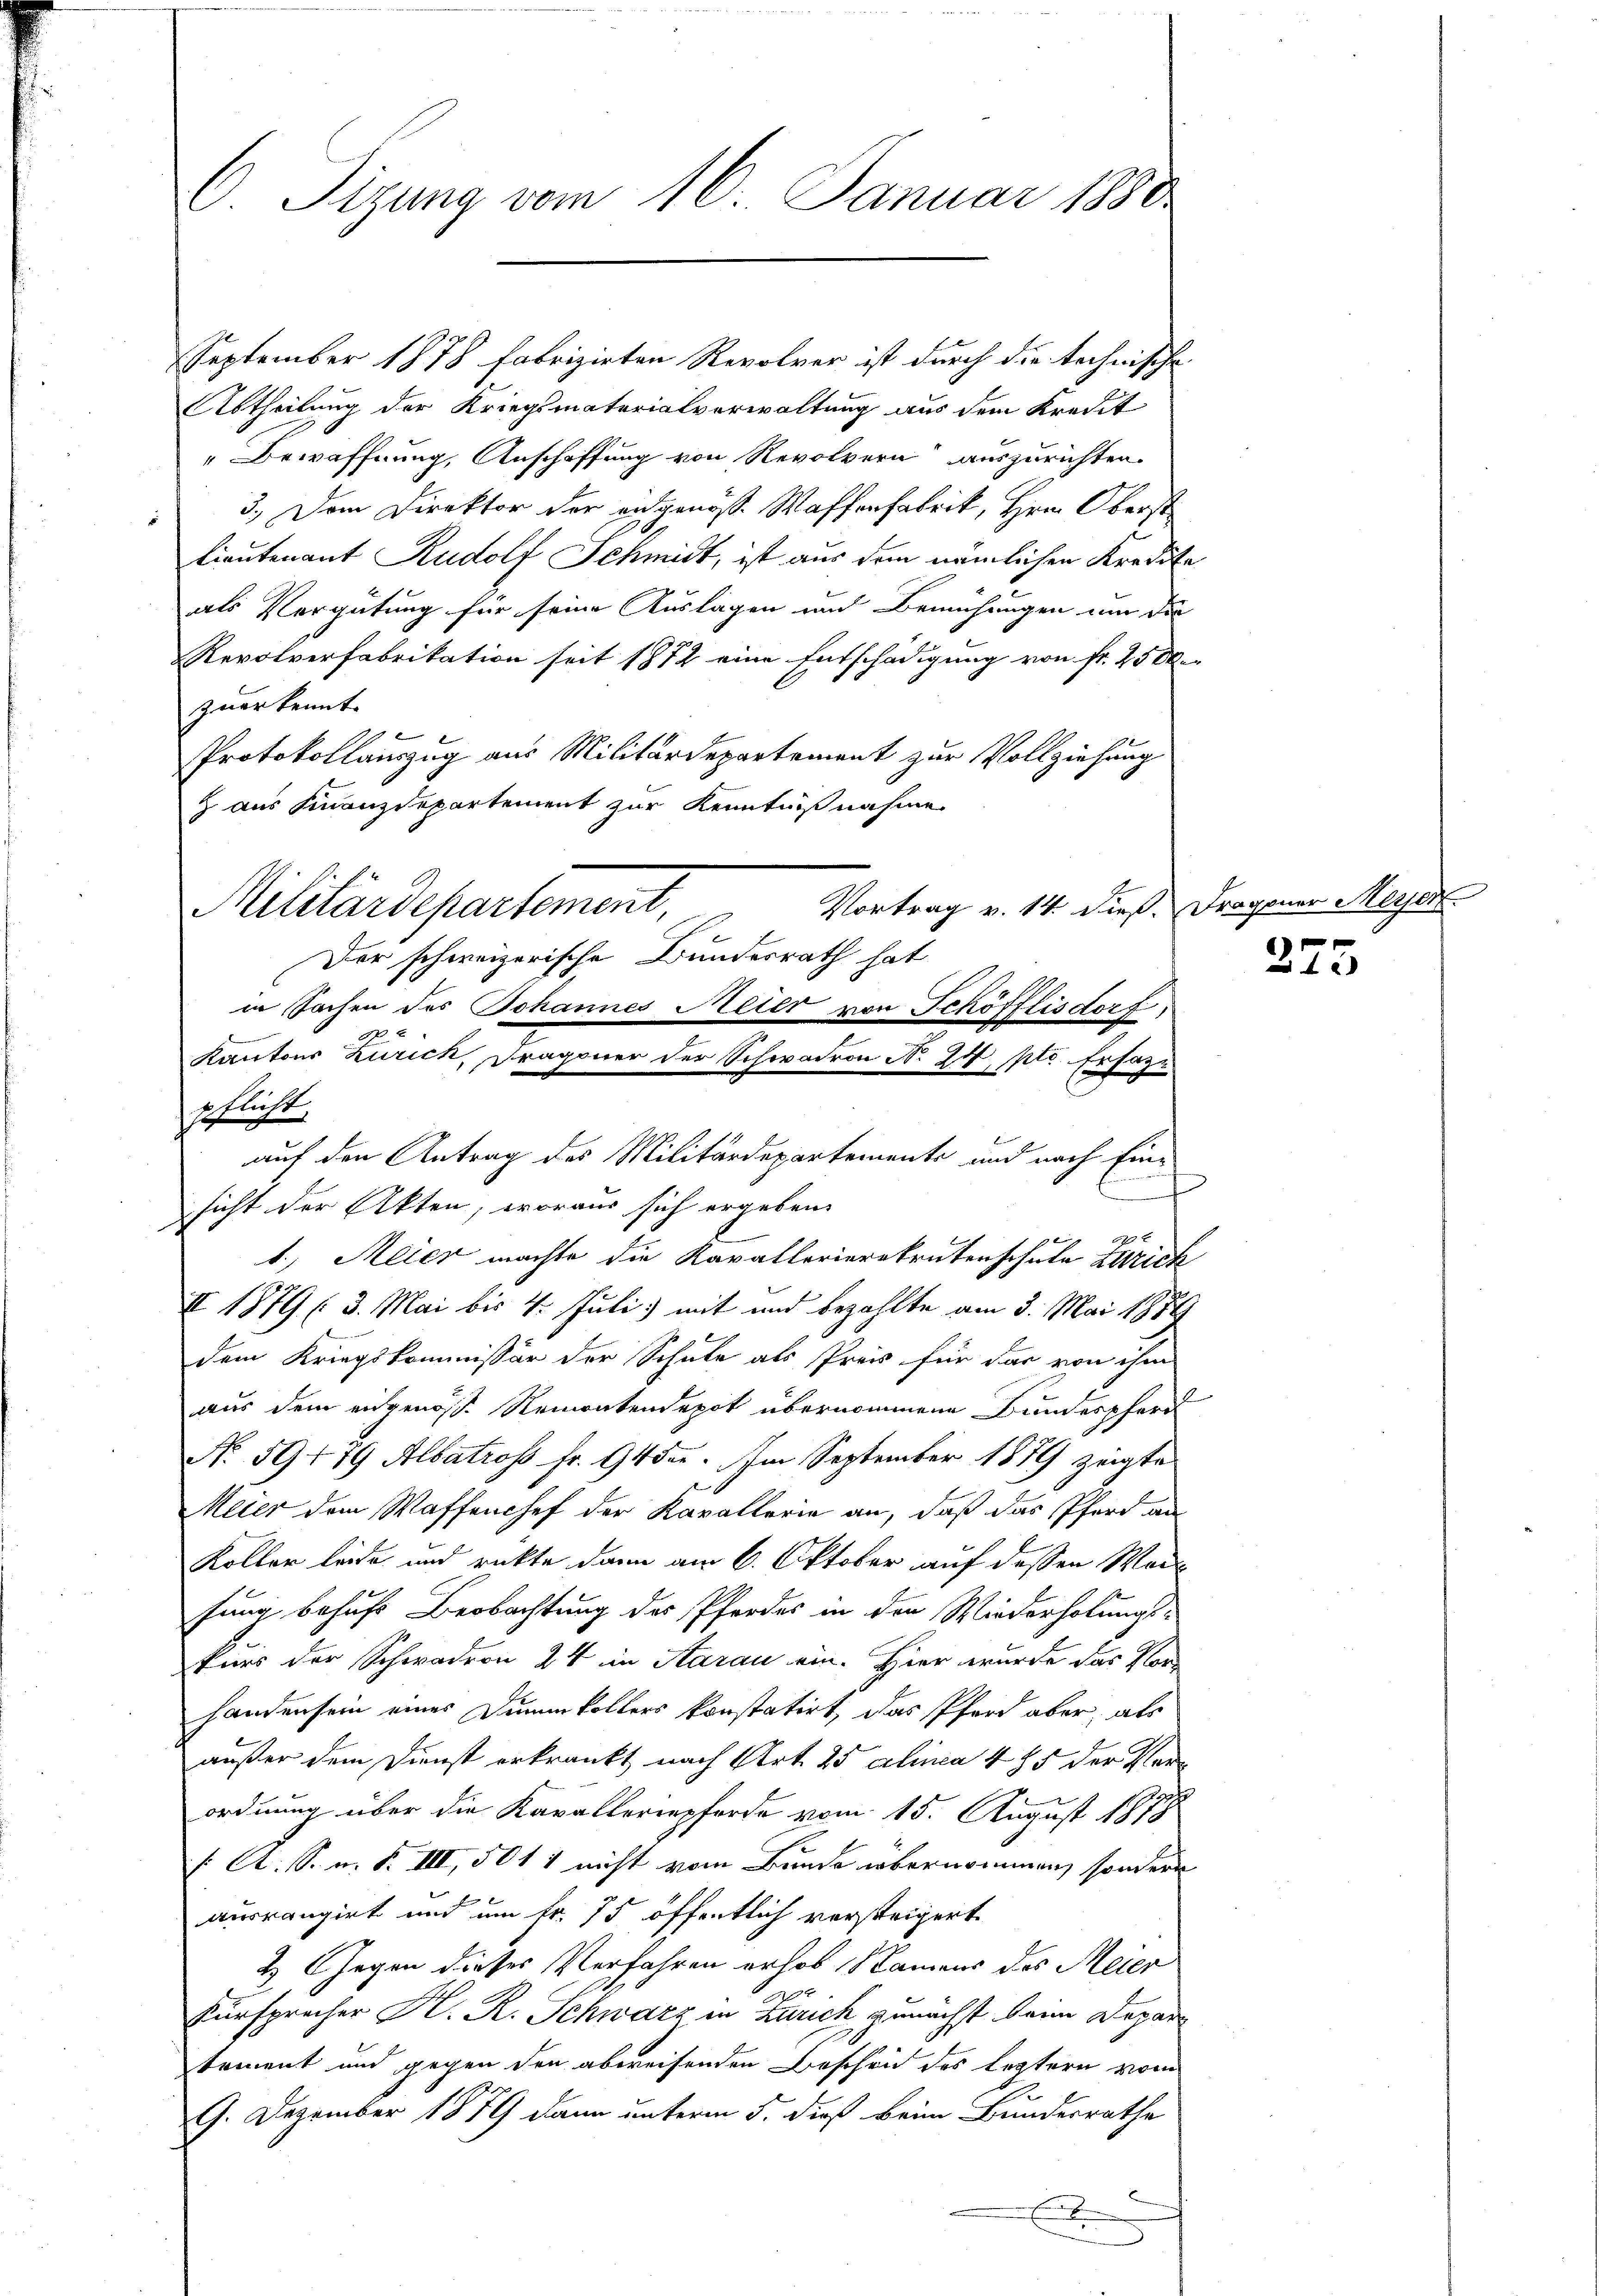
O Sizung vom 16. Januar 1880

September 1878 Fabrizirten Revolver ist durch die technische
Abtheilung der Kriegsmaterialverwaltung aus dem Kredit
Bewaffnung, Anschaffung von Revolvern auszurichten.
3.) Dem Direktor der ausgenöss. Waffenfabrik, Hrn. Oberst
Lieutenant Rudolf Schmidt, ist aus dem nämlichen Kredite
als Vergütung für seine Auslagen und Bemühungen um die
Revolverfabrikation seit 1872 eine Entschädigung von fr. 2500.
zuerkennt.
Protokollauszug aus Militärdepartement zur Vollziehung
 aus Finanzdepartement zur Kenntnißnahme
Vortrag v. 14. dieß. Dragoner Meyer
Der schweizerische Bundesrath hat
in Sachen des Johannes Meier von Schöfflisdorf,
pflicht,
auf den Antrag des Militärdepartements und nach Ein¬
u
sicht der Akten, woraus sich ergebene
27 x
t, Meier machte die Kavallerierekrutenschule Zürich
X 1879 (3. Mai bis 4. Juli mit und bezahlte am 3. Mai 1884
dem Kriegskommissär der Schule als Preis für das von ihm
aus dem eingenoss. Reiratendepot übernommene Bundespferd
N. 59479 Albatros fr. 94 der. Im September 1879 zeigte
Meier dem Waffenchef der Kavallerie an, daß das Pferd an
Koller leide und rückte dann am 6. Oktober auf dessen Wort
fung behufs Beobachtung des Pfordes in den Wiederholungs-
kurs der Schwadron 24 in Aarau ein. Hier wurde das Vorhanden sein eines Dinumkollers konstatirt, das Pferd aber, als
außer dem Dienst erkrankt nach Art. 25 alinea 485 der Verordnung über die Kavalleriepferde vom 15. August 187
/: A. S. n. F. III, 501 1 nicht vom Bunde übernommen, sondern
ausrangirt und um fr. 75 öffentlich versteigert.
2 Gegen dieses Verfahren erhob Namens des Meier
2
Fürsprecher K. R. Schwarz in Zürich zunächst beim Depar
tement und gegen den abweisenden Bescheid des leztern vom
9. Dezember 1879 dann unterm 5. dieß beim Bundesrathe

e

Militärdepartement

Kantons Zurick, Dragoner der Schwaren No. 24 ptr. Ersatz

f

i

215